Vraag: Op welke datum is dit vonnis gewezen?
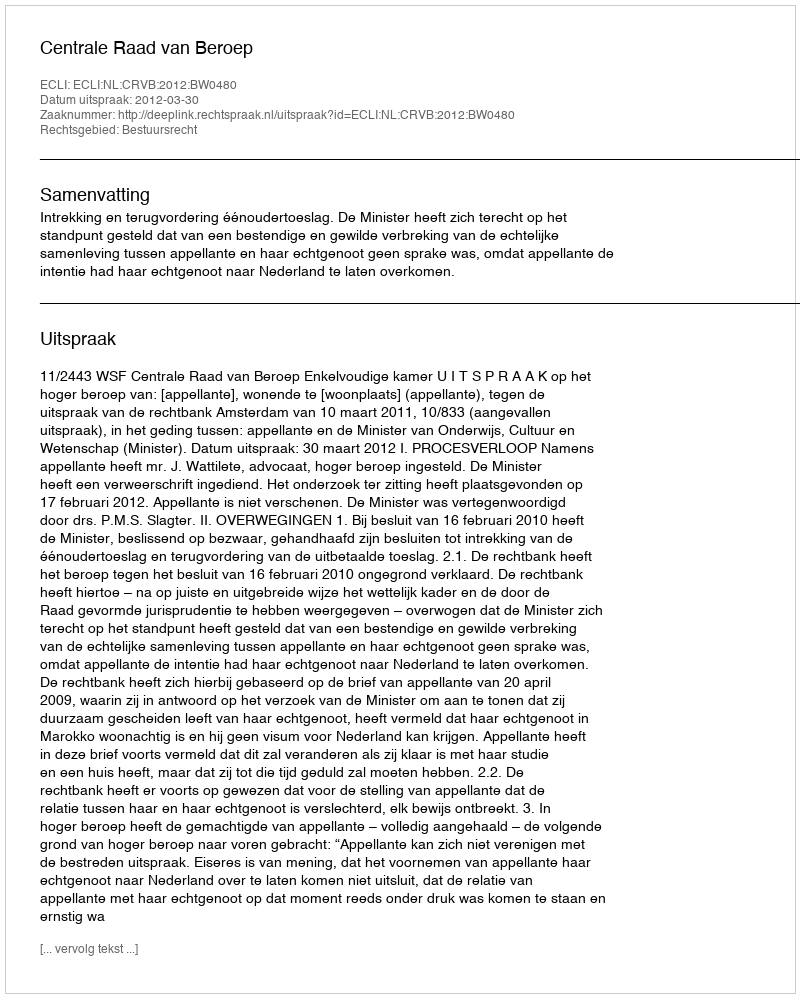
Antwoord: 2012-03-30